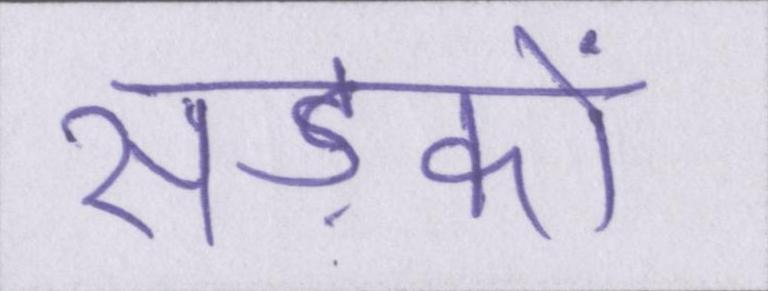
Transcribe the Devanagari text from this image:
सड़कों